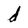
Character: d